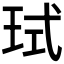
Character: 𪻙